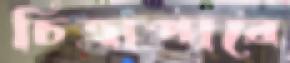
চিত্রাপারে